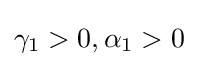
\gamma _{1}>0,\alpha _{1}>0